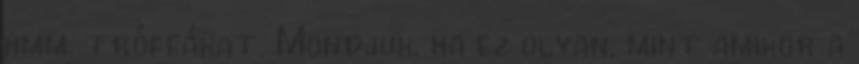
hmm. trófeákat. Mondjuk. ha ez olyan, mint amikor a